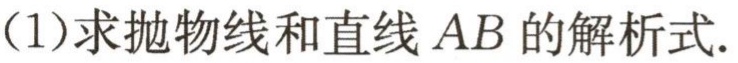
(1)求抛物线和直线 \(AB\) 的解析式.